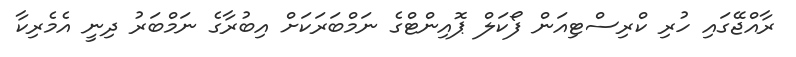
ރާއްޖޭގައި ހުރި ކްރިސްޓިއަން ފޯކަލް ޕޮއިންޓްގެ ނަމްބަރަކަށް އިބުރާގެ ނަމްބަރު ދިނީ އެމެރިކާ